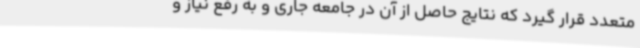
متعدد قرار گیرد که نتایج حاصل از آن در جامعه جاری و به رفع نیاز و